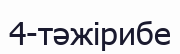
4-тәжірибе